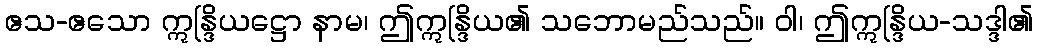
ဧသ-ဧသော ဣန္ဒြိယဋ္ဌော နာမ၊ ဤဣန္ဒြိယ၏ သဘောမည်သည်။ ဝါ၊ ဤဣန္ဒြိယ-သဒ္ဒါ၏